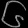
Digit: ၆